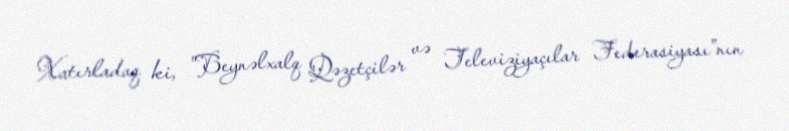
Xatırladaq ki, "Beynəlxalq Qəzetçilər və Televiziyaçılar Federasiyası"nın